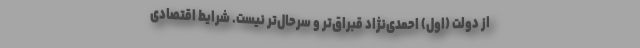
از دولت (اول) احمدی‌نژاد قبراق‌تر و سرحال‌تر نیست. ‌شرایط اقتصادی